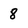
Character: 8